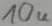
Text: 10u